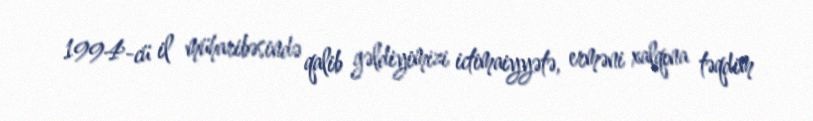
1994-cü il müharibəsində qalib gəldiyimizi ictimaiyyətə, erməni xalqına təqdim